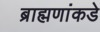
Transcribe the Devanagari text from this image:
ब्राह्मणांकडे